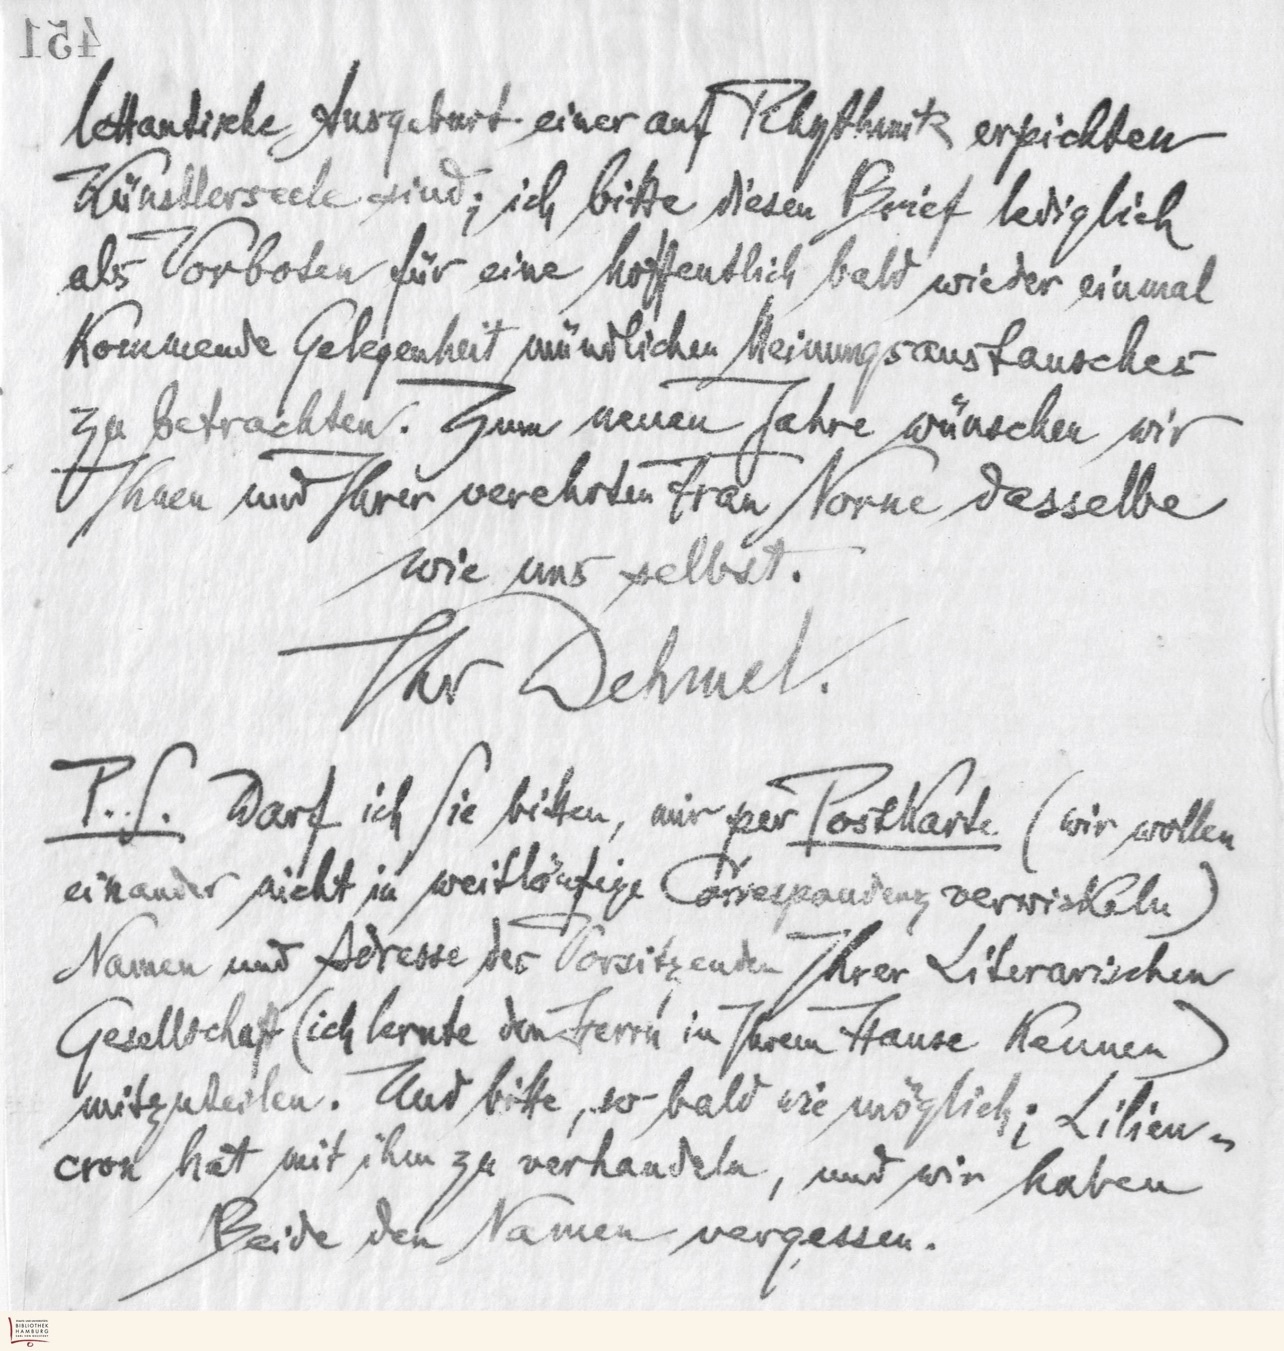
lettantische Ausgeburt einer auf Rhythmik erpichten
Künstlerseele sind; ich bitte diesen Brief lediglich
als Vorboten für eine hoffentlich bald wieder einmal
kommende Gelegenheit mündlichen Meinungsaustausches
zu betrachten. Zum neuen Jahre wünschen wir
Ihnen und Ihrer verehrten Frau Norne dasselbe
wie uns selbst.
Ihr Dehmel.
P.S. Darf ich Sie bitten, mir per Postkarte (wir wollen
einander nicht in weitläufige Correspondenz verwickeln)
Namen und Adresse des Vorsitzenden Ihrer Literarischen
Gesellschaft (ich lernte den Herrn in Ihrem Hause kennen)
mitzuteilen. Und bitte, so bald wie möglich; Lilien-
cron hat mit ihm zu verhandeln, und wir haben
Beide den Namen vergessen.